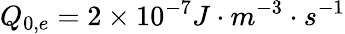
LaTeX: Q_{0,e}=2\times 10^{-7}J\cdot m^{-3}\cdot s^{-1}